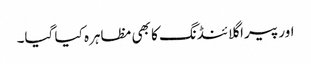
اور پیرا گلائنڈنگ کا بھی مظاہرہ کیا گیا۔